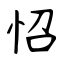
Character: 怊